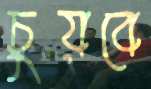
চুয়বে